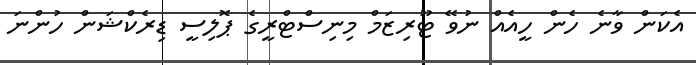
އެކަން ވާނެ ހެން ހީއެއް ނުވޭ ޓޫރިޒަމް މިނިސްޓްރީގެ ޕޮލިސީ ޑިރެކްޝަން ހުންނަ